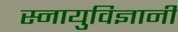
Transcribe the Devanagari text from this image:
स्नायुविज्ञानी